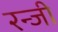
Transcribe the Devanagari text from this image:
रन्जी